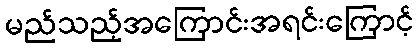
မည်သည့်အကြောင်းအရင်းကြောင့်